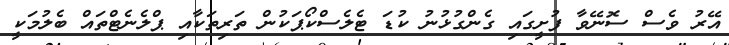
އޭރު ވެސް ސޮނޭވާ ފުށީގައި ގެންގުޅުނު ކުޑަ ޓެލެސްކޯޕަކުން ތަރިތަކާއި ޕްލެނެޓްތައް ބެލުމަކީ